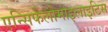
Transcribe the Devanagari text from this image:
एन्सिफेलोमाइलाइटिस